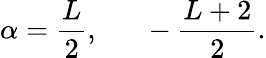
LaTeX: \alpha={\frac{L}{2}},~~~~~~-{\frac{L+2}{2}}.